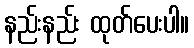
နည်းနည်း ထုတ်ပေးပါ။